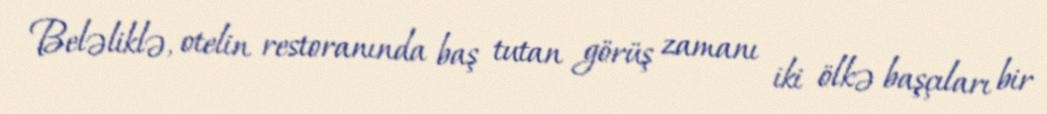
Beləliklə, otelin restoranında baş tutan görüş zamanı iki ölkə başçıları bir